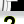
Digit: 2